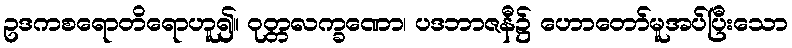
ဥဒကစရောတိရောဟူ၍။ ဝုတ္တလက္ခဏော၊ ပဒဘာဇနီ၌ ဟောတော်မူအပ်ပြီးသော